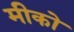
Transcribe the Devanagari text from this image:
मीको